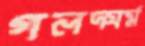
গলদ্ঘর্ম